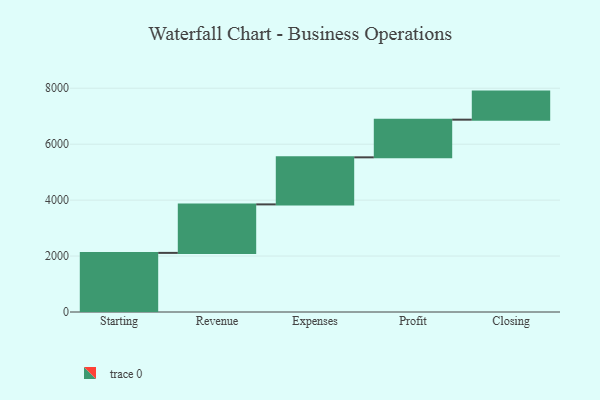
{"axis": {"x": "Step", "y": "Value"}, "legend": [""], "data": [{"x": "Starting", "y": 2113.0, "type": ""}, {"x": "Revenue", "y": 1734.0, "type": ""}, {"x": "Expenses", "y": 1682.0, "type": ""}, {"x": "Profit", "y": 1347.0, "type": ""}, {"x": "Closing", "y": 1003.0, "type": ""}]}